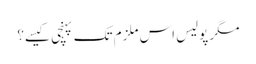
مگر پولیس اس ملزم تک پہنچی کیسے؟